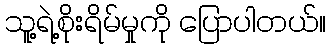
သူ့ရဲ့စိုးရိမ်မှုကို ပြောပါတယ်။